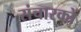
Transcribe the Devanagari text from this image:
संचारकों